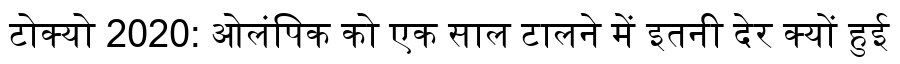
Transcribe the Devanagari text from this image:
टोक्यो 2020: ओलंपिक को एक साल टालने में इतनी देर क्यों हुई